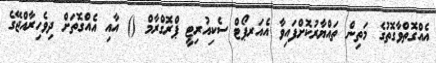
އެއްގޮތްވާގޮތުގެ މަތިން ތައްޔާރުކޮށްފައިވާ އެއަރޕޯޓް ސެކިއުރިޓީ ޕްރޮގްރާމް () އާއި އެއްގޮތަށް ދިވެހިރާއްޖޭގެ